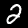
Digit: 2